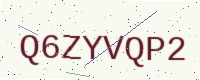
Text: Q6ZYVQP2